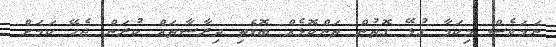
ނަމަވެސް މިކަމާ ގުޅޭ ގޮތުން ތަންކޮޅެއް ބޮޑެތި ދިރާސާތައް ކުރަން ޖެހޭ ކަމަށް